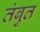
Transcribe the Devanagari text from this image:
तंबुत